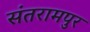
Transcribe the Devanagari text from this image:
संतरामपुर